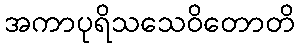
အကာပုရိသသေဝိတောတိ